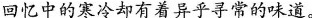
回忆中的寒冷却有着异乎寻常的味道。